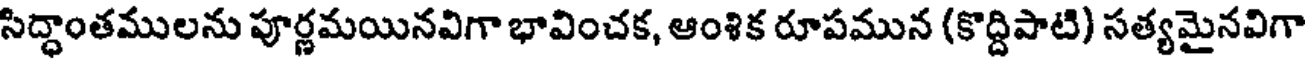
సిద్ధాంతములను పూర్ణమయినవిగా భావించక, ఆంశిక రూపమున (కొద్దిపాటి) సత్యమైనవిగా